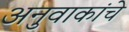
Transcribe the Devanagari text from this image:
अनुवाकांचे